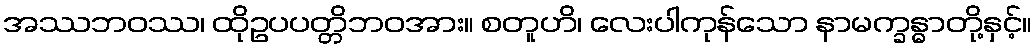
အဿဘဝဿ၊ ထိုဥပပတ္တိဘဝအား။ စတူဟိ၊ လေးပါကုန်သော နာမက္ခန္ဓာတို့နှင့်။